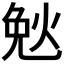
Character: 𮳪